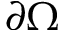
\partial \Omega